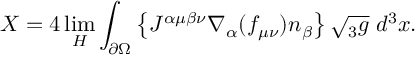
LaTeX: { \cal X } = 4 \operatorname * { l i m } _ { H } \int _ { \partial \Omega } \left\{ J ^ { \alpha \mu \beta \nu } \nabla _ { \alpha } ( f _ { \mu \nu } ) n _ { \beta } \right\} \sqrt { { } _ { 3 } g } \; d ^ { 3 } x .